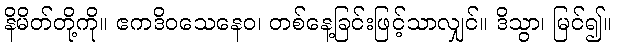
နိမိတ်တို့ကို။ ဧကဒိဝသေနေဝ၊ တစ်နေ့ခြင်းဖြင့်သာလျှင်။ ဒိသွာ၊ မြင်၍။